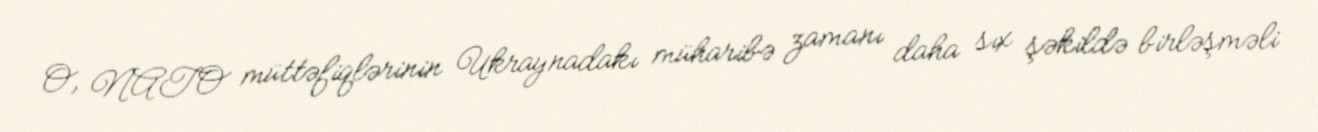
O, NATO müttəfiqlərinin Ukraynadakı müharibə zamanı daha sıx şəkildə birləşməli